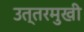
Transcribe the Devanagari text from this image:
उत्तरमुखी